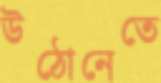
উঠোনেতে